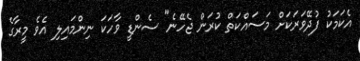
އެކަމަކު ފުދޭވަރަކަށް މަސައްކަތް ކުރަން ޖެހޭނެ" ސެންޑީ ވާހަކަ ނިންމައިލި އެވެ މީރާގެ